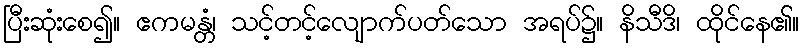
ပြီးဆုံးစေ၍။ ဧကမန္တံ၊ သင့်တင့်လျောက်ပတ်သော အရပ်၌။ နိသီဒိ၊ ထိုင်နေ၏။